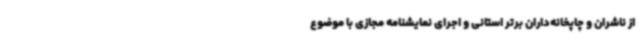
از ناشران و چاپخانه‌داران برتر استانی و اجرای نمایشنامه مجازی با موضوع